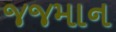
જજમાન